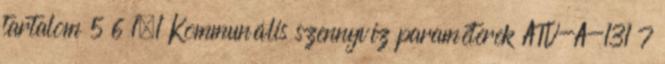
tartalom 5 6 1.1 Kommunális szennyvíz paraméterek ATV-A-131 7